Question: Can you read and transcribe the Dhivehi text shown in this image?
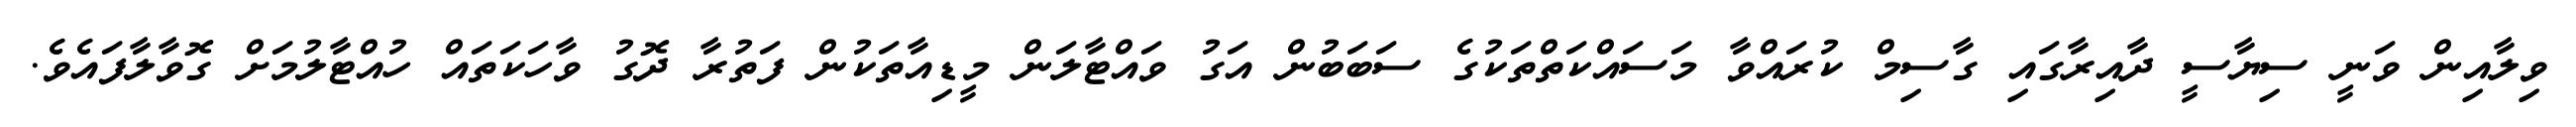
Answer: ވިލާއިން ވަނީ ސިޔާސީ ދާއިރާގައި ގާސިމް ކުރައްވާ މަސައްކަތްތަކުގެ ސަބަބުން އަގު ވައްޓާލަން މީޑިއާތަކުން ފަތުރާ ދޮގު ވާހަކަތައް ހުއްޓާލުމަށް ގޮވާލާފައެވެ.